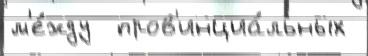
м'е́жду  пров'инциа́льных